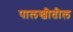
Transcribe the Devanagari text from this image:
पालखीतील